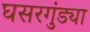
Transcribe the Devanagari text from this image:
घसरगुंड्या